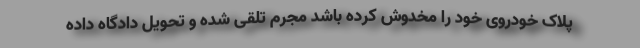
پلاک خودروی خود را مخدوش کرده باشد مجرم تلقی شده و تحویل دادگاه داده